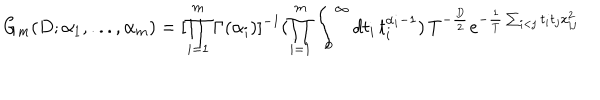
G _ { m } ( D ; \alpha _ { 1 } , . . . , \alpha _ { m } ) = [ \prod _ { i = 1 } ^ { m } \Gamma ( \alpha _ { i } ) ] ^ { - 1 } ( \prod _ { i = 1 } ^ { m } \int _ { 0 } ^ { \infty } d t _ { i } \, t _ { i } ^ { \alpha _ { i } - 1 } ) \, T ^ { - \frac { D } { 2 } } e ^ { - \frac { 1 } { T } \sum _ { i < j } t _ { i } t _ { j } x _ { i j } ^ { 2 } }